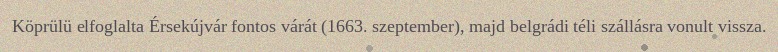
Köprülü elfoglalta Érsekújvár fontos várát (1663. szeptember), majd belgrádi téli szállásra vonult vissza.